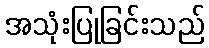
အသုံးပြုခြင်းသည်